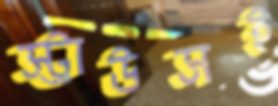
স্ট্রাউসই